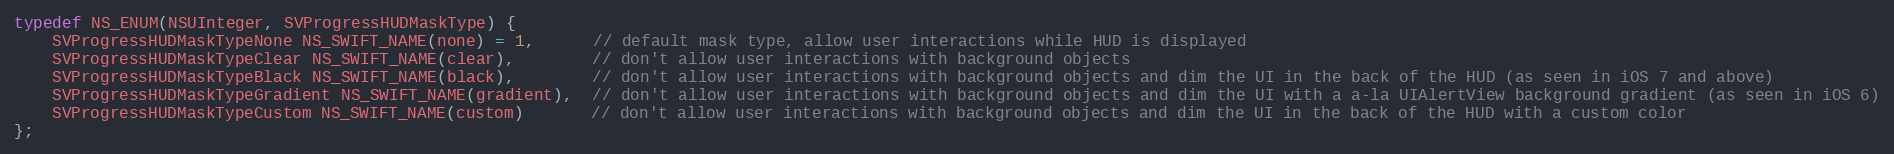
Language: C
typedef NS_ENUM(NSUInteger, SVProgressHUDMaskType) {
    SVProgressHUDMaskTypeNone NS_SWIFT_NAME(none) = 1,      // default mask type, allow user interactions while HUD is displayed
    SVProgressHUDMaskTypeClear NS_SWIFT_NAME(clear),        // don't allow user interactions with background objects
    SVProgressHUDMaskTypeBlack NS_SWIFT_NAME(black),        // don't allow user interactions with background objects and dim the UI in the back of the HUD (as seen in iOS 7 and above)
    SVProgressHUDMaskTypeGradient NS_SWIFT_NAME(gradient),  // don't allow user interactions with background objects and dim the UI with a a-la UIAlertView background gradient (as seen in iOS 6)
    SVProgressHUDMaskTypeCustom NS_SWIFT_NAME(custom)       // don't allow user interactions with background objects and dim the UI in the back of the HUD with a custom color
};